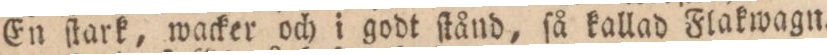
En ſtark, wacker och i godt ſtånd, ſå kallad Flakwagn.